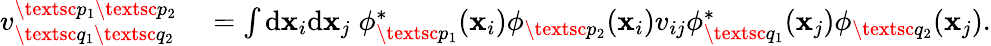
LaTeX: \begin{array}{rl}{{v}_{\textsc{q}_{1}\textsc{q}_{2}}^{\textsc{p}_{1}\textsc{p}_{2}}}&{{}=\int\mathrm{d}\mathbf{x}_{i}\mathrm{d}\mathbf{x}_{j}\; \phi_{\textsc{p}_{1}}^{*}(\mathbf{x}_{i})\phi_{\textsc{p}_{2}}(\mathbf{x}_{i})v_{ij}\phi_{\textsc{q}_{1}}^{*}(\mathbf{x}_{j})\phi_{\textsc{q}_{2}}(\mathbf{x}_{j}).}\end{array}